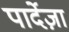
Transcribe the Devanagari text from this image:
पार्देज़ा